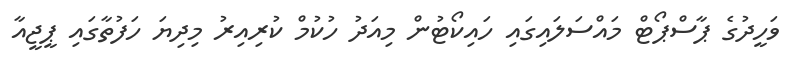
ވަހީދުގެ ޕާސްޕޯޓް މައްސަލައިގައި ހައިކޯޓުން މިއަދު ހުކުމް ކުރިއިރު މިދިޔަ ހަފުތާގައި ޕީޖީއާ